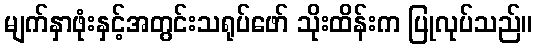
မျက်နှာဖုံးနှင့်အတွင်းသရုပ်ဖော် သိုးထိန်းက ပြုလုပ်သည်။